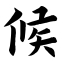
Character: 候